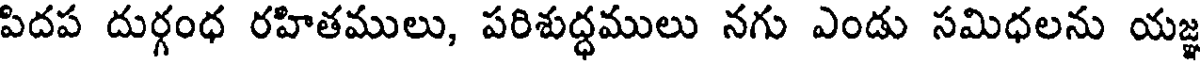
పిదప దుర్గంధ రహితములు, పరిశుద్ధములు నగు ఎండు సమిధలను యజ్ఞ